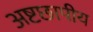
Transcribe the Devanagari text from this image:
अष्टछापीय